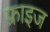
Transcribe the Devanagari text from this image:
फ्राइज